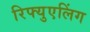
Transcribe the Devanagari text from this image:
रिफ्युएलिंग